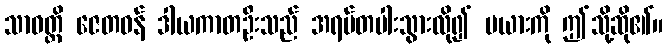
သာဝတ္ထိ ဇေတဝန် ဒါယကာတဦးသည် အရပ်တပါးသွားလို၍ မယားကို ဤသို့ဆို၏။